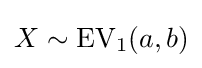
X\sim \operatorname {EV} _{1}(a,b)